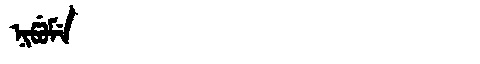
Manchu: ᠨᡳᡦᡠᠮᡝ
Romanization: NIPUME